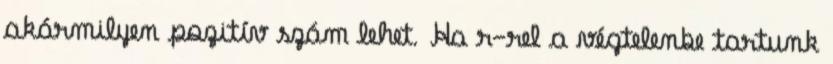
akármilyen pozitív szám lehet. Ha r-rel a végtelenbe tartunk